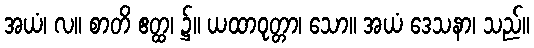
အယံ၊ လ။ စာတိ ဧတ္ထ၊ ၌။ ယထာဝုတ္တာ၊ သော။ အယံ ဒေသနာ၊ သည်။